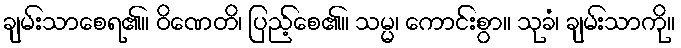
ချမ်းသာစေရ၏။ ဝိဏေတိ၊ ပြည့်စေ၏။ သမ္မ၊ ကောင်းစွာ။ သုခံ၊ ချမ်းသာကို။